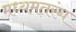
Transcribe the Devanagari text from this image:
मध्यमतरंग